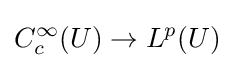
C_{c}^{\infty }(U)\to L^{p}(U)